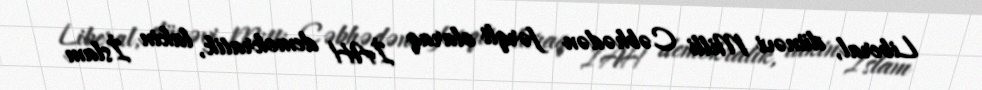
Liberal, dünəvi Milli Cəbhədən fərqli olaraq İAH demokratik, lakin İslam